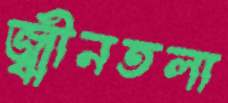
জ্বীনতলা